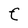
Character: F